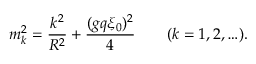
m _ { k } ^ { 2 } = { \frac { k ^ { 2 } } { R ^ { 2 } } } + { \frac { ( g q \xi _ { 0 } ) ^ { 2 } } { 4 } } \qquad ( k = 1 , 2 , \ldots ) .